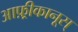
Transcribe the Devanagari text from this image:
आफ़्रीकानूस्